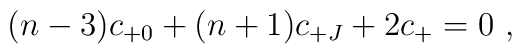
(n-3) c_{+0} + (n+1) c_{+J} + 2 c_{+} = 0\ ,